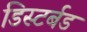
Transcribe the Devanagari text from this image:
डिस्टर्बड